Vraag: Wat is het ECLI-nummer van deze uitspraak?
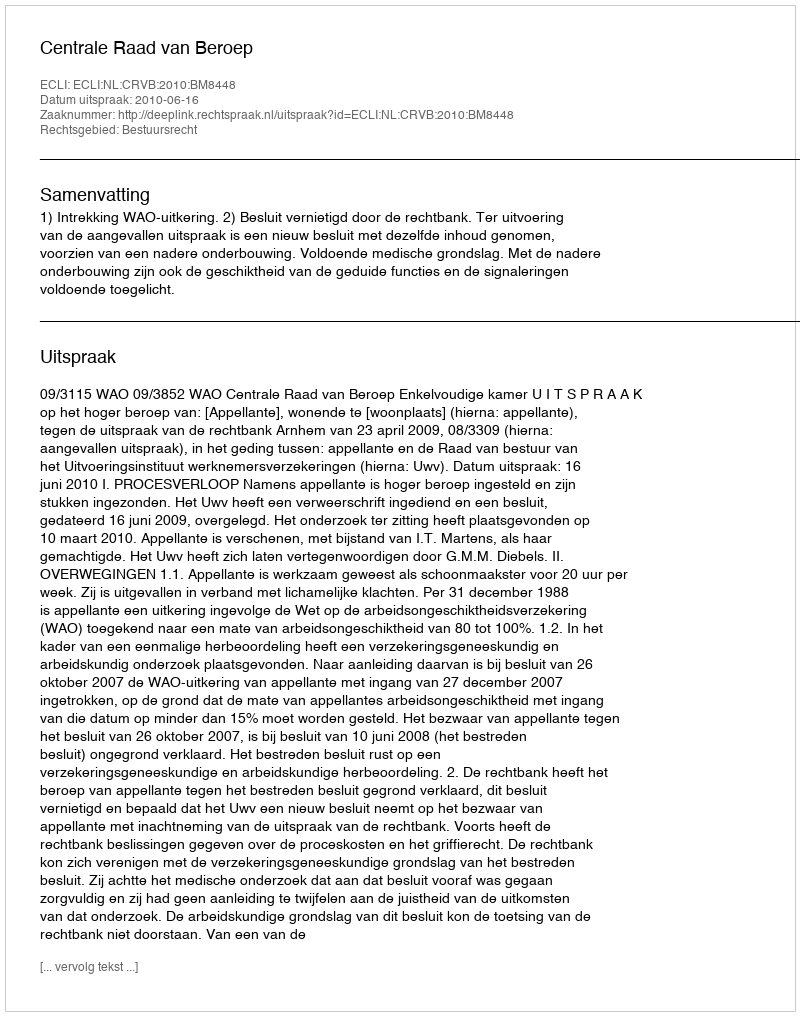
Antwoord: ECLI:NL:CRVB:2010:BM8448